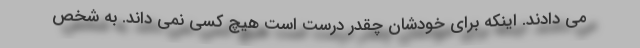
می دادند. اینکه برای خودشان چقدر درست است هیچ کسی نمی داند. به شخص